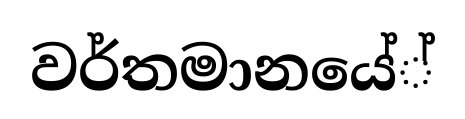
වර්තමානයේ්